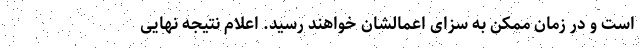
است و در زمان ممکن به سزای اعمالشان خواهند رسید. اعلام نتیجه نهایی